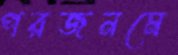
পরজনমে